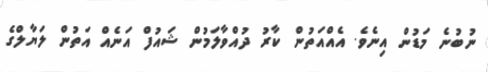
ނުބުނެ މަޑުން އިނެވެ. އެއްއަތުން ކާރު ދުއްވާލަމުން ޝައުފް އަނެއް އަތުން ލަޔާލްގެ